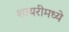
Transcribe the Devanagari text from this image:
शायरीमध्ये